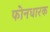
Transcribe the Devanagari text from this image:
फोनधारक